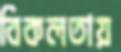
বিকলতায়